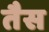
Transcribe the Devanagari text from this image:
तैस